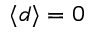
\langle d \rangle = 0